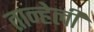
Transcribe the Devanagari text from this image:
तान्हेली